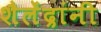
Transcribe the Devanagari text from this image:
शैलेंद्रांनी